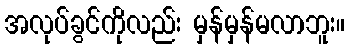
အလုပ်ခွင်ကိုလည်း မှန်မှန်မလာဘူး။